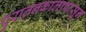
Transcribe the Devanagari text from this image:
पुरातनकालापासून